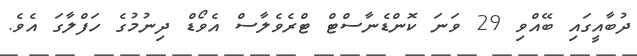
ދުބާއީގައި ބޭއްވި 29 ވަނަ ކޮންޑެނާސްޓް ޓްރެވެލާސް އެވޯޑް ދިނުމުގެ ހަފްލާގަ އެވެ.